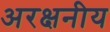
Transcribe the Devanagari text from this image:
अरक्षनीय